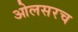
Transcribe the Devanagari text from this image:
ओलसरच